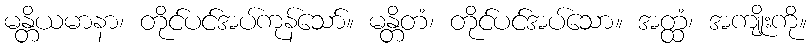
မန္တိယမာနာ၊ တိုင်ပင်အပ်ကုန်သော်။ မန္တိတံ၊ တိုင်ပင်အပ်သော။ အတ္ထံ၊ အကျိုးကို။